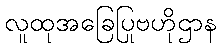
လူထုအခြေပြုဗဟိုဌာန